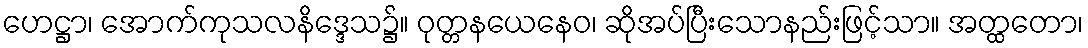
ဟေဋ္ဌာ၊ အောက်ကုသလနိဒ္ဒေသ၌။ ဝုတ္တနယေနေဝ၊ ဆိုအပ်ပြီးသောနည်းဖြင့်သာ။ အတ္ထတော၊